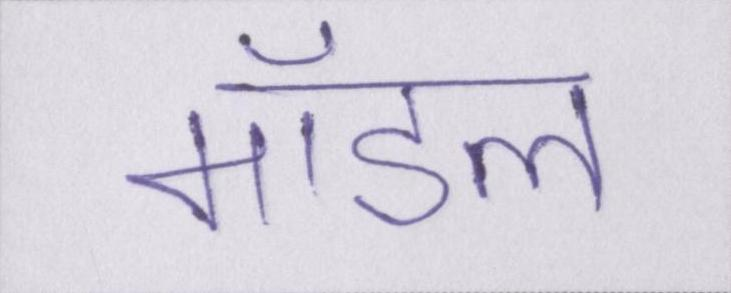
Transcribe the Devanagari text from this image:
मॉडल